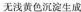
无浅黄色沉淀生成